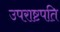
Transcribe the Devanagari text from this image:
उपराष्टपति